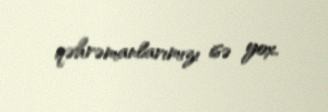
qəhrəmanlarımızı isə yox.